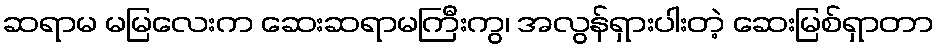
ဆရာမ မမြလေးက ဆေးဆရာမကြီးကွ၊ အလွန်ရှားပါးတဲ့ ဆေးမြစ်ရှာတာ